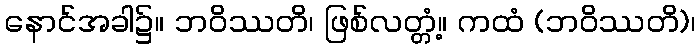
နောင်အခါ၌။ ဘဝိဿတိ၊ ဖြစ်လတ္တံ့။ ကထံ (ဘဝိဿတိ)၊